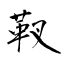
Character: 靫